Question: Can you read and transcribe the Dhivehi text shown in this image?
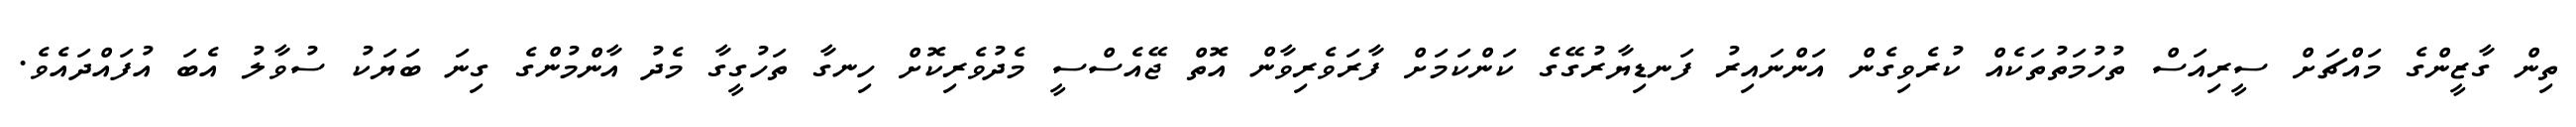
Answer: ތިން ގާޒީންގެ މައްޗަށް ސީރިއަސް ތުހުމަތުތަކެއް ކުރެވިގެން އަންނައިރު ފަނޑިޔާރުގޭގެ ކަންކަމަށް ފާރަވެރިވާން އޮތް ޖޭއެސްސީ މެދުވެރިކޮށް ހިނގާ ތަހުގީގާ މެދު އާންމުންގެ ގިނަ ބަޔަކު ސުވާލު އެބަ އުފައްދައެވެ.